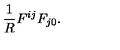
\frac { 1 } { R } F ^ { i j } F _ { j 0 } .